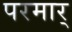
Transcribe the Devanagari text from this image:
परमार्